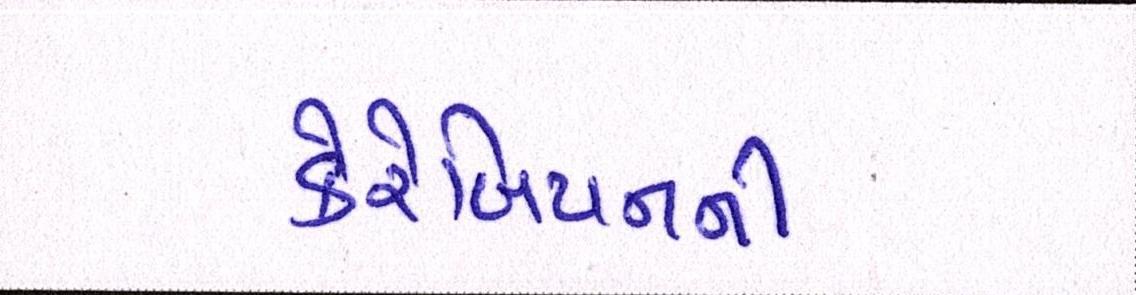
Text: કેરેબિયનની